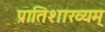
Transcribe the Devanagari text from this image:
प्रातिशाख्यम्